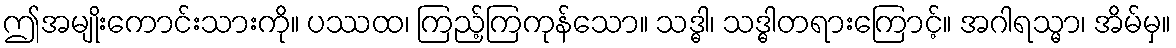
ဤအမျိုးကောင်းသားကို။ ပဿထ၊ ကြည့်ကြကုန်သော။ သဒ္ဓါ၊ သဒ္ဓါတရားကြောင့်။ အဂါရသ္မာ၊ အိမ်မှ။